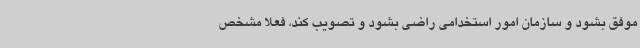
موفق بشود و سازمان امور استخدامی راضی بشود و تصویب کند، فعلا مشخص